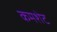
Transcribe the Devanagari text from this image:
कमशेट